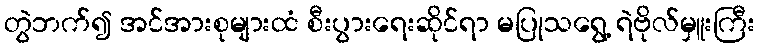
တွဲဘက်၍ အင်အားစုများထံ စီးပွားရေးဆိုင်ရာ မပြုသရွေ့ ရဲဗိုလ်မှူးကြီး